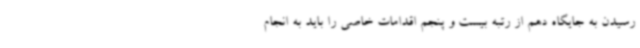
رسیدن به جایگاه دهم از رتبه بیست و پنجم اقدامات خاصی را باید به انجام